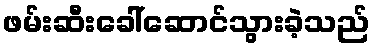
ဖမ်းဆီးခေါ်ဆောင်သွားခဲ့သည်